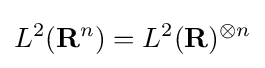
L^{2}({\mathbf {R} }^{n})=L^{2}({\mathbf {R} })^{\otimes n}